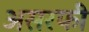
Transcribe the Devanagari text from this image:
असरफी